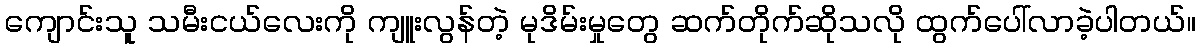
ကျောင်းသူ သမီးငယ်လေးကို ကျူးလွန်တဲ့ မုဒိမ်းမှုတွေ ဆက်တိုက်ဆိုသလို ထွက်ပေါ်လာခဲ့ပါတယ်။